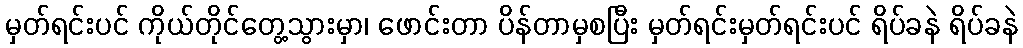
မှတ်ရင်းပင် ကိုယ်တိုင်တွေ့သွားမှာ၊ ဖောင်းတာ ပိန်တာမှစပြီး မှတ်ရင်းမှတ်ရင်းပင် ရိပ်ခနဲ ရိပ်ခနဲ